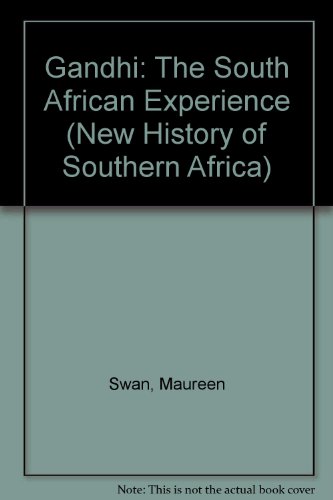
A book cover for Gandhi: The South African Experience (New History of Southern Africa Series); Maureen Swan; Travel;